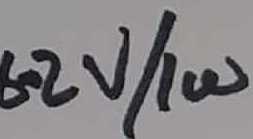
Text: 6.3V/1W